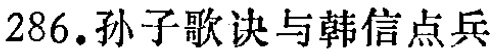
286.孙子歌诀与韩信点兵